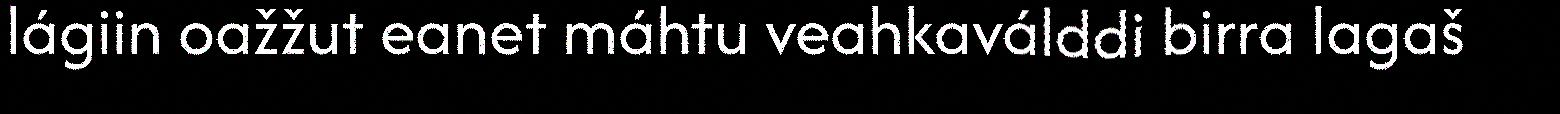
lágiin oažžut eanet máhtu veahkaválddi birra lagaš